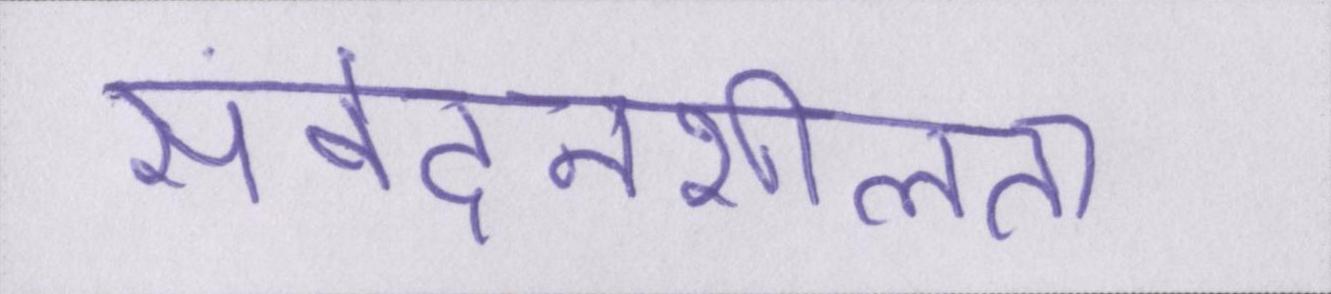
संवेदनशीलता